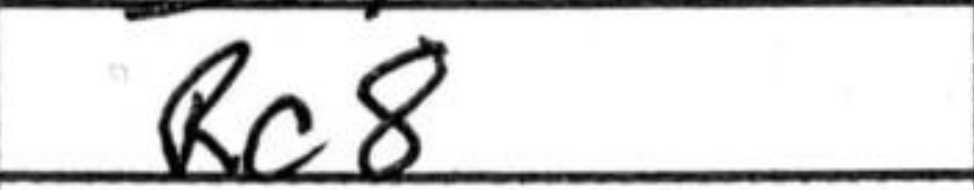
Transcription: Rc8